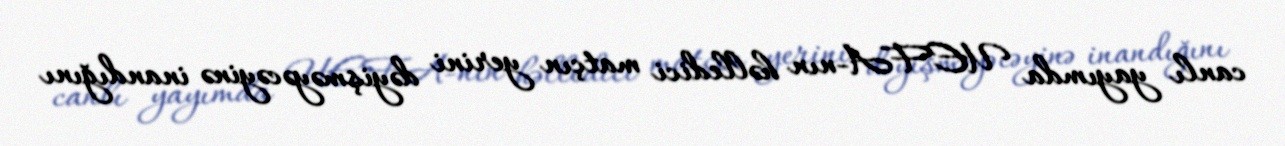
canlı yayımda UEFA-nın həlledici matçın yerini dəyişməyəcəyinə inandığını